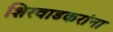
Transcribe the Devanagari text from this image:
शिरवाडकरांना